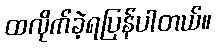
ထလိုက်ခဲ့ရပြန်ပါတယ်။